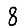
Digit: 8